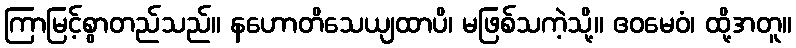
ကြာမြင့်စွာတည်သည်။ နဟောတိသေယျထာပိ၊ မဖြစ်သကဲ့သို့။ ဧဝမေဝံ၊ ထို့အတူ။